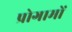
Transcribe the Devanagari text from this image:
प्रोगामों